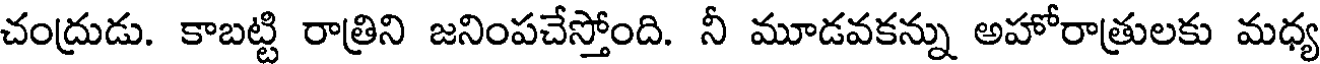
చంద్రుడు. కాబట్టి రాత్రిని జనింపచేస్తోంది. నీ మూడవకన్ను అహోరాత్రులకు మధ్య